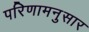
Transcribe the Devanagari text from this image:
परिणामनुसार